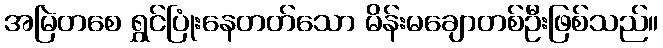
အမြဲတစေ ရွှင်ပြုံးနေတတ်သော မိန်းမချောတစ်ဦးဖြစ်သည်။